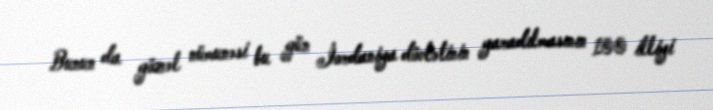
Bunun da gözəl nümunəsi bu gün İordaniya dövlətinin yaradılmasının 100 illiyi